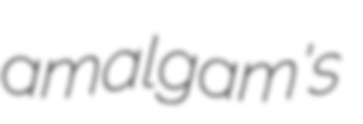
amalgam's